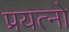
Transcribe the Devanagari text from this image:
प्रयत्नो